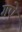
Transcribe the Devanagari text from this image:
गऐं